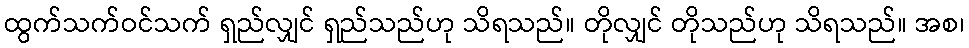
ထွက်သက်ဝင်သက် ရှည်လျှင် ရှည်သည်ဟု သိရသည်။ တိုလျှင် တိုသည်ဟု သိရသည်။ အစ၊